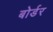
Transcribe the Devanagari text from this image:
बोर्डर